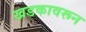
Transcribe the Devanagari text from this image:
खडकावरून